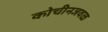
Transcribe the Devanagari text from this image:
कोचीनजवळ